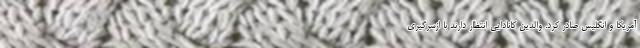
آمریکا و انگلیس صادر کرد. والدین کانادایی انتظار دارند با ازسرگیری